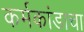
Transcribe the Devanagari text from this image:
कर्मकांडाचा